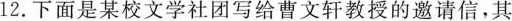
12.下面是某校文学社团写给曹文轩教授的邀请信，其